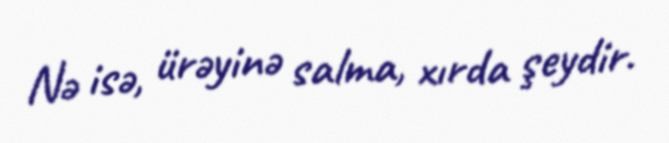
Nə isə, ürəyinə salma, xırda şeydir.